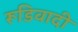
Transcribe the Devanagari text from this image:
रूडिवादी